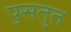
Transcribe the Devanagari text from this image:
पॖसतुत